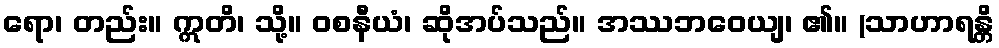
ရော၊ တည်း။ ဣတိ၊ သို့။ ဝစနီယံ၊ ဆိုအပ်သည်။ အဿဘဝေယျ၊ ၏။ (သာဟာရန္တိ